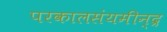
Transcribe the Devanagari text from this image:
परकालसंयमीन्द्र